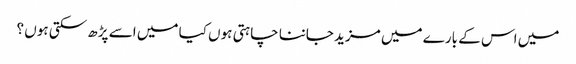
میں اس کے بارے میں مزید جاننا چاہتی ہوں کیا میں اسے پڑھ سکتی ہوں ؟